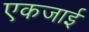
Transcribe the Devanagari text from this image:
एकजाई